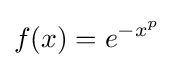
f(x)=e^{-x^{p}}